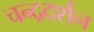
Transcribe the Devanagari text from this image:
चन्द्रदर्शन